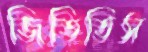
জিতিতিস